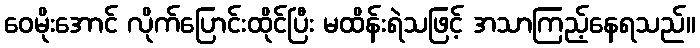
ဝေမိုးအောင် လိုက်ပြောင်းထိုင်ပြီး မထိန်းရဲသဖြင့် အသာကြည့်နေရသည်။